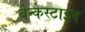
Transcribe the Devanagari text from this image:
बेन्केस्टाइन